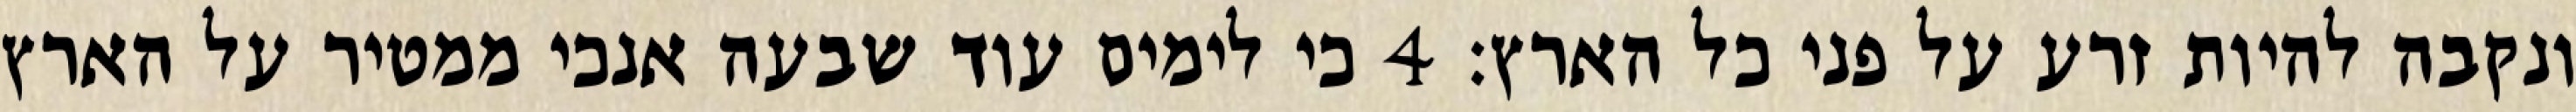
ונקבה להיות זרע על פני כל הארץ׃ ‎4‏ כי לימים עוד שבעה אנכי ממטיר על הארץ